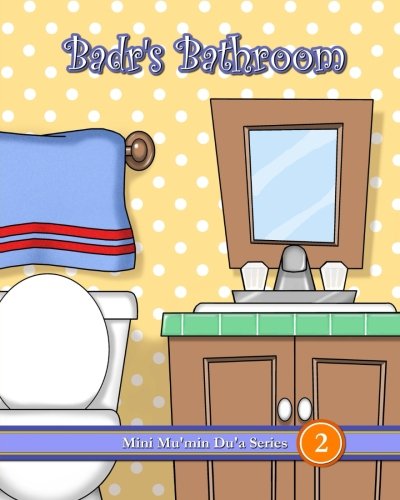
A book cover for Badr's Bathroom (Mini Mu'min Du'a Series); Mini Mu'min Publications; Religion & Spirituality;